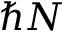
\hbar N